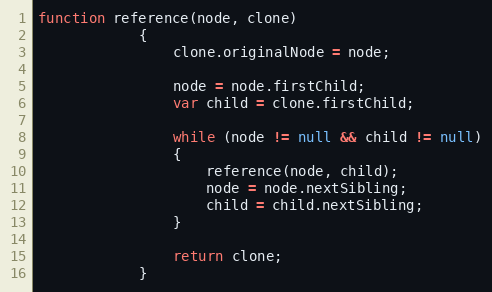
Language: JavaScript
function reference(node, clone)
			{
				clone.originalNode = node;

				node = node.firstChild;
				var child = clone.firstChild;

				while (node != null && child != null)
				{
					reference(node, child);
					node = node.nextSibling;
					child = child.nextSibling;
				}

				return clone;
			}